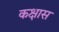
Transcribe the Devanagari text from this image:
कक्षास